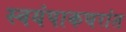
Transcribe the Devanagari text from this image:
स्वयंपाकघरांत